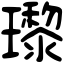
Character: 瓈